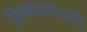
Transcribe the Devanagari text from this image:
विभवप्रत्यावर्ती